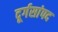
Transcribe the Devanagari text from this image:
दूर्गसांपद